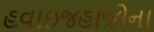
હવાઇજહાજોના